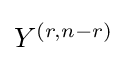
{\textstyle Y^{(r,n-r)}}